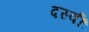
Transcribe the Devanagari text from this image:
दस्वीं